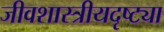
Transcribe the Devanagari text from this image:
जीवशास्त्रीयदृष्ट्या